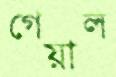
গেয়াল